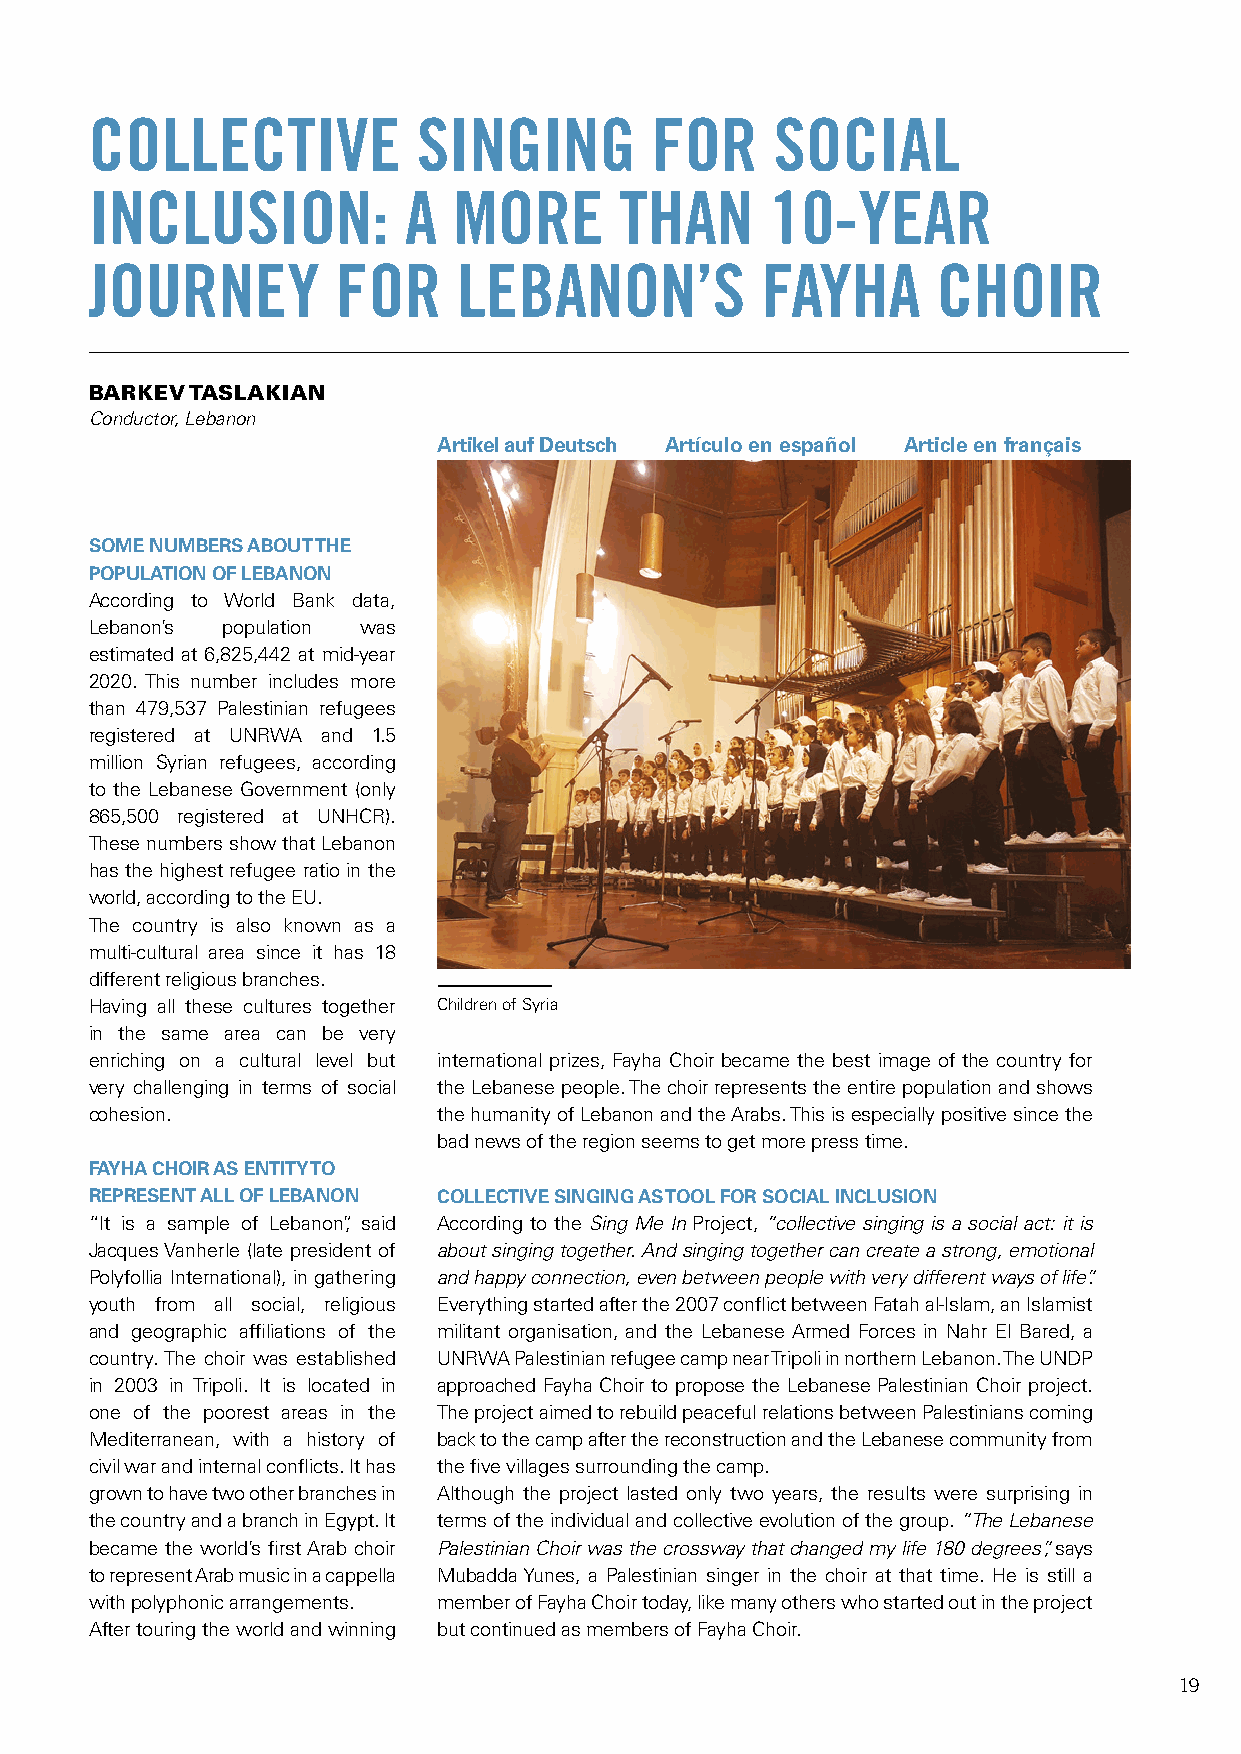
COLLECTIVE            SINGING        FOR     SOCIAL
 INCLUSION:           A  MORE       THAN      10-YEAR
 JOURNEY         FOR     LEBANON’S           FAYHA       CHOIR
 BARKEV TASLAKIAN
 Conductor, Lebanon
 Artikel auf Deutsch Artículo en español Article en français
 SOME NUMBERS ABOUT THE
 POPULATION OF LEBANON
 According to World Bank data,
 Lebanon’s population was
 estimated at 6,825,442 at mid-year
 2020. This number includes more
 than 479,537 Palestinian refugees
 registered at UNRWA and 1.5
 million Syrian refugees, according
 to the Lebanese Government (only
 865,500 registered at UNHCR).
 These numbers show that Lebanon
 has the highest refugee ratio in the
 world, according to the EU.
 The country is also known as a
 multi-cultural area since it has 18
 different religious branches.
 Having all these cultures together Children of Syria
 in the same area can be very
 enriching on a cultural level but international prizes, Fayha Choir became the best image of the country for
 very challenging in terms of social the Lebanese people. The choir represents the entire population and shows
 cohesion.              the humanity of Lebanon and the Arabs. This is especially positive since the
 bad news of the region seems to get more press time.
 FAYHA CHOIR AS ENTITY TO
 REPRESENT ALL OF LEBANON COLLECTIVE SINGING AS TOOL FOR SOCIAL INCLUSION
 “It is a sample of Lebanon”, said According to the Sing Me In Project, “collective singing is a social act: it is
 Jacques Vanherle (late president of about singing together. And singing together can create a strong, emotional
 Polyfollia International), in gathering and happy connection, even between people with very different ways of life”.
 youth from all social, religious Everything started after the 2007 conflict between Fatah al-Islam, an Islamist
 and geographic affiliations of the militant organisation, and the Lebanese Armed Forces in Nahr El Bared, a
 country. The choir was established UNRWA Palestinian refugee camp near Tripoli in northern Lebanon. The UNDP
 in 2003 in Tripoli. It is located in approached Fayha Choir to propose the Lebanese Palestinian Choir project.
 one of the poorest areas in the The project aimed to rebuild peaceful relations between Palestinians coming
 Mediterranean, with a history of back to the camp after the reconstruction and the Lebanese community from
 civil war and internal conflicts. It has the five villages surrounding the camp.
 grown to have two other branches in Although the project lasted only two years, the results were surprising in
 the country and a branch in Egypt. It terms of the individual and collective evolution of the group. “The Lebanese
 became the world’s first Arab choir Palestinian Choir was the crossway that changed my life 180 degrees”, says
 to represent Arab music in a cappella Mubadda Yunes, a Palestinian singer in the choir at that time. He is still a
 with polyphonic arrangements. member of Fayha Choir today, like many others who started out in the project
 After touring the world and winning but continued as members of Fayha Choir.
 19